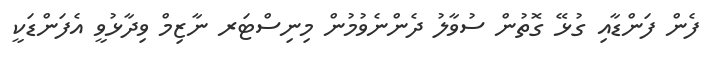
ފެން ފަންޑާއި ގުޅޭ ގޮތުން ސުވާލު ދެންނެވުމުން މިނިސްޓަރ ނާޒިމް ވިދާޅުވީ އެފަންޑަކީ